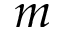
m